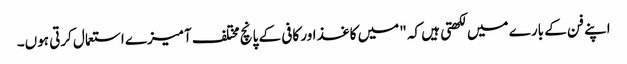
اپنے فن کے بارے میں لکھتی ہیں کہ "میں کاغذ اور کافی کے پانچ مختلف آمیزے استعمال کرتی ہوں۔